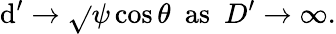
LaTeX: \mathrm{d}^{\prime}\rightarrow\sqrt{}{{\psi\cos\theta}}\, \, \, \mathrm{{as}}\, \, \, D^{\prime}\rightarrow\infty.